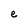
Character: e